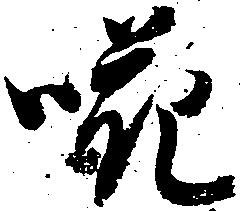
嘩